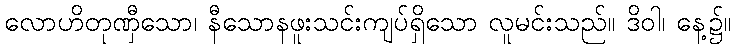
လောဟိတုဏှီသော၊ နီသောနဖူးသင်းကျပ်ရှိသော လူမင်းသည်။ ဒိဝါ၊ နေ့၌။